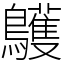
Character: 鸌